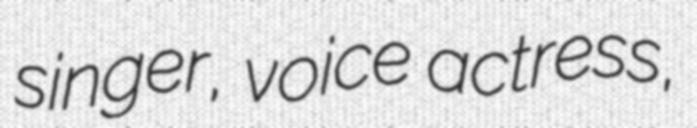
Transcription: singer, voice actress,